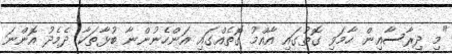
"މި ދިރާސާއިން ހާމަވި ގޮތުގައި އާއްމު ގޮތެއްގައި އަންހެނުންނާ ބުޅާތަކާ ދެމެދު އޮންނަ